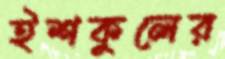
ইশকুলের